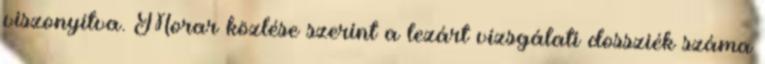
viszonyítva. Morar közlése szerint a lezárt vizsgálati dossziék száma